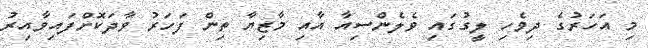
މި އަހަރުގެ ދިވެހި ލީގުގައި ވެލެންސިއާ އާއި މާޒިޔާ ތިން ފަހަރު ވާދަކޮށްފައިވާއިރު